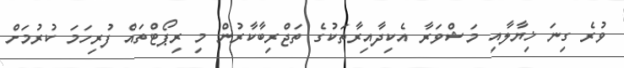
ވުރެ ގިނަ ޚިޔާލާއި މަޝްވަރާ އެކިދާއިރާތަކުގެ ތަޖްރިބާކާރުން މި ރިޕޯޓްތައް ފުރިހަމަ ކުރުމަށް